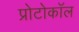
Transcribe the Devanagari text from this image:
प्रोटोकाॅल